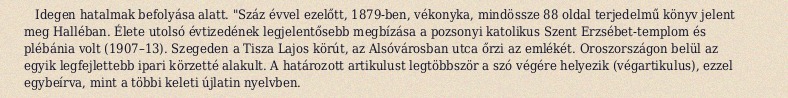
Idegen hatalmak befolyása alatt. "Száz évvel ezelőtt, 1879-ben, vékonyka, mindössze 88 oldal terjedelmű könyv jelent meg Halléban. Élete utolsó évtizedének legjelentősebb megbízása a pozsonyi katolikus Szent Erzsébet-templom és plébánia volt (1907–13). Szegeden a Tisza Lajos körút, az Alsóvárosban utca őrzi az emlékét. Oroszországon belül az egyik legfejlettebb ipari körzetté alakult. A határozott artikulust legtöbbször a szó végére helyezik (végartikulus), ezzel egybeírva, mint a többi keleti újlatin nyelvben.